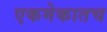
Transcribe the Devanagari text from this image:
एकमेकातच